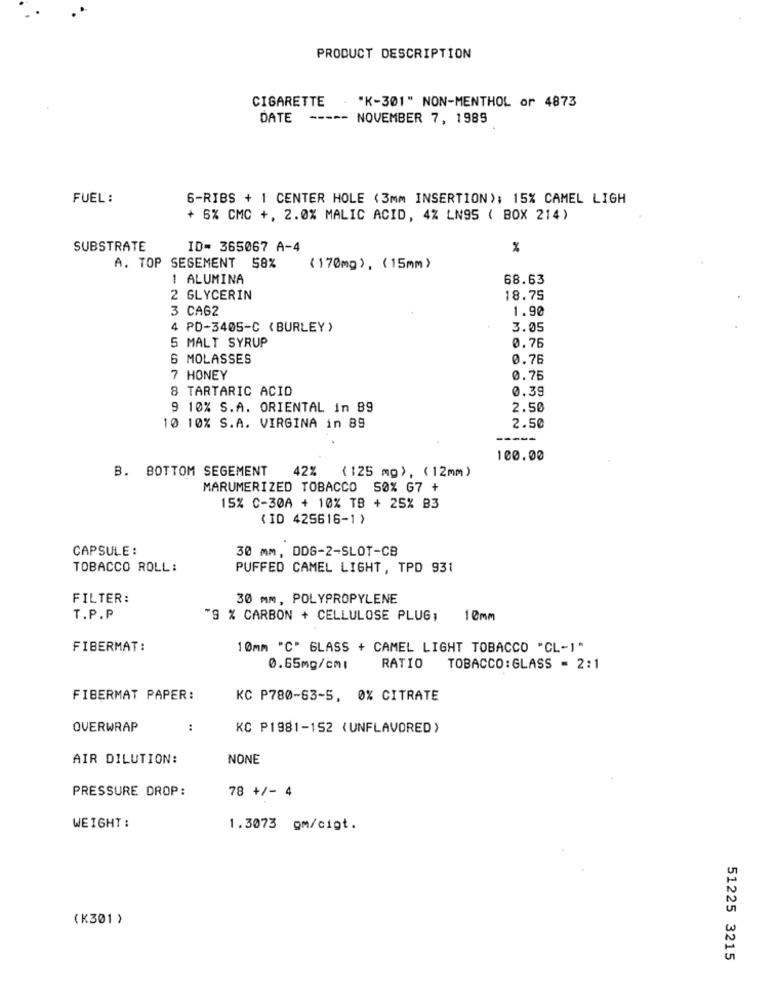
PRODUCT DESCRIPTION
CIGARETTE
"K-301" NON-MENTHOL or 4873
DATE
-----
NOVEMBER 7, 1985
FUEL :
6-RIBS + 1 CENTER HOLE (3mm INSERTION); 15% CAMEL LIGH
+ 6% CMC +, 2.0% MALIC ACID, 4% LN95 ( BOX 214)
SUBSTRATE
ID= 365067 A-4
%
A. TOP SEGEMENT 58%
(170mg ) , (15mm )
1 ALUMINA
68.63
GLYCERIN
18.75
3 CA62
1.90
4 PD-3405-C ( BURLEY )
3.05
5 MALT SYRUP
0.76
MOLASSES
0.76
7 HONEY
0.75
8 TARTARIC ACID
0.39
9 10% S.A. ORIENTAL in 89
2.50
10 10% S.A. VIRGINA in 89
2.50
100.00
42% (125 mg), (12mm)
B. BOTTOM SEGEMENT
MARUMERIZED TOBACCO 50% G7 +
15% C-30A + 10% TB + 25% B3
( ID 425616-1 )
CAPSULE :
30 MM, DDG-2-SLOT-CB
TOBACCO ROLL:
PUFFED CAMEL LIGHT, TPD 931
FILTER:
30 mm, POLYPROPYLENE
T.P.P
"9 % CARBON + CELLULOSE PLUG,
10mm
FIBERMAT:
10mm "C" GLASS + CAMEL LIGHT TOBACCO "CL-1"
0.65mg/cmı
RATIO
TOBACCO:GLASS = 2:1
FIBERMAT PAPER:
KC P780-63-5, 0% CITRATE
OVERWRAP
:
KC P1981-152 (UNFLAVORED)
AIR DILUTION:
NONE
PRESSURE DROP:
78 +/- 4
WEIGHT :
1.3073 om/cigt.
(K301 )
51225 3215